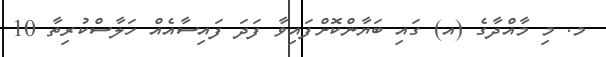
މ. މި މާއްދާގެ (އ) ގައި ބަޔާންކޮށްފައިވާ ފަދަ ފައިސާއެއް ހަލާސްކުރިތާ 10